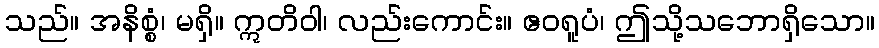
သည်။ အနိစ္စံ၊ မရှိ။ ဣတိဝါ၊ လည်းကောင်း။ ဧဝရူပံ၊ ဤသို့သဘောရှိသော။